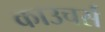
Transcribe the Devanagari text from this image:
काउचर्स